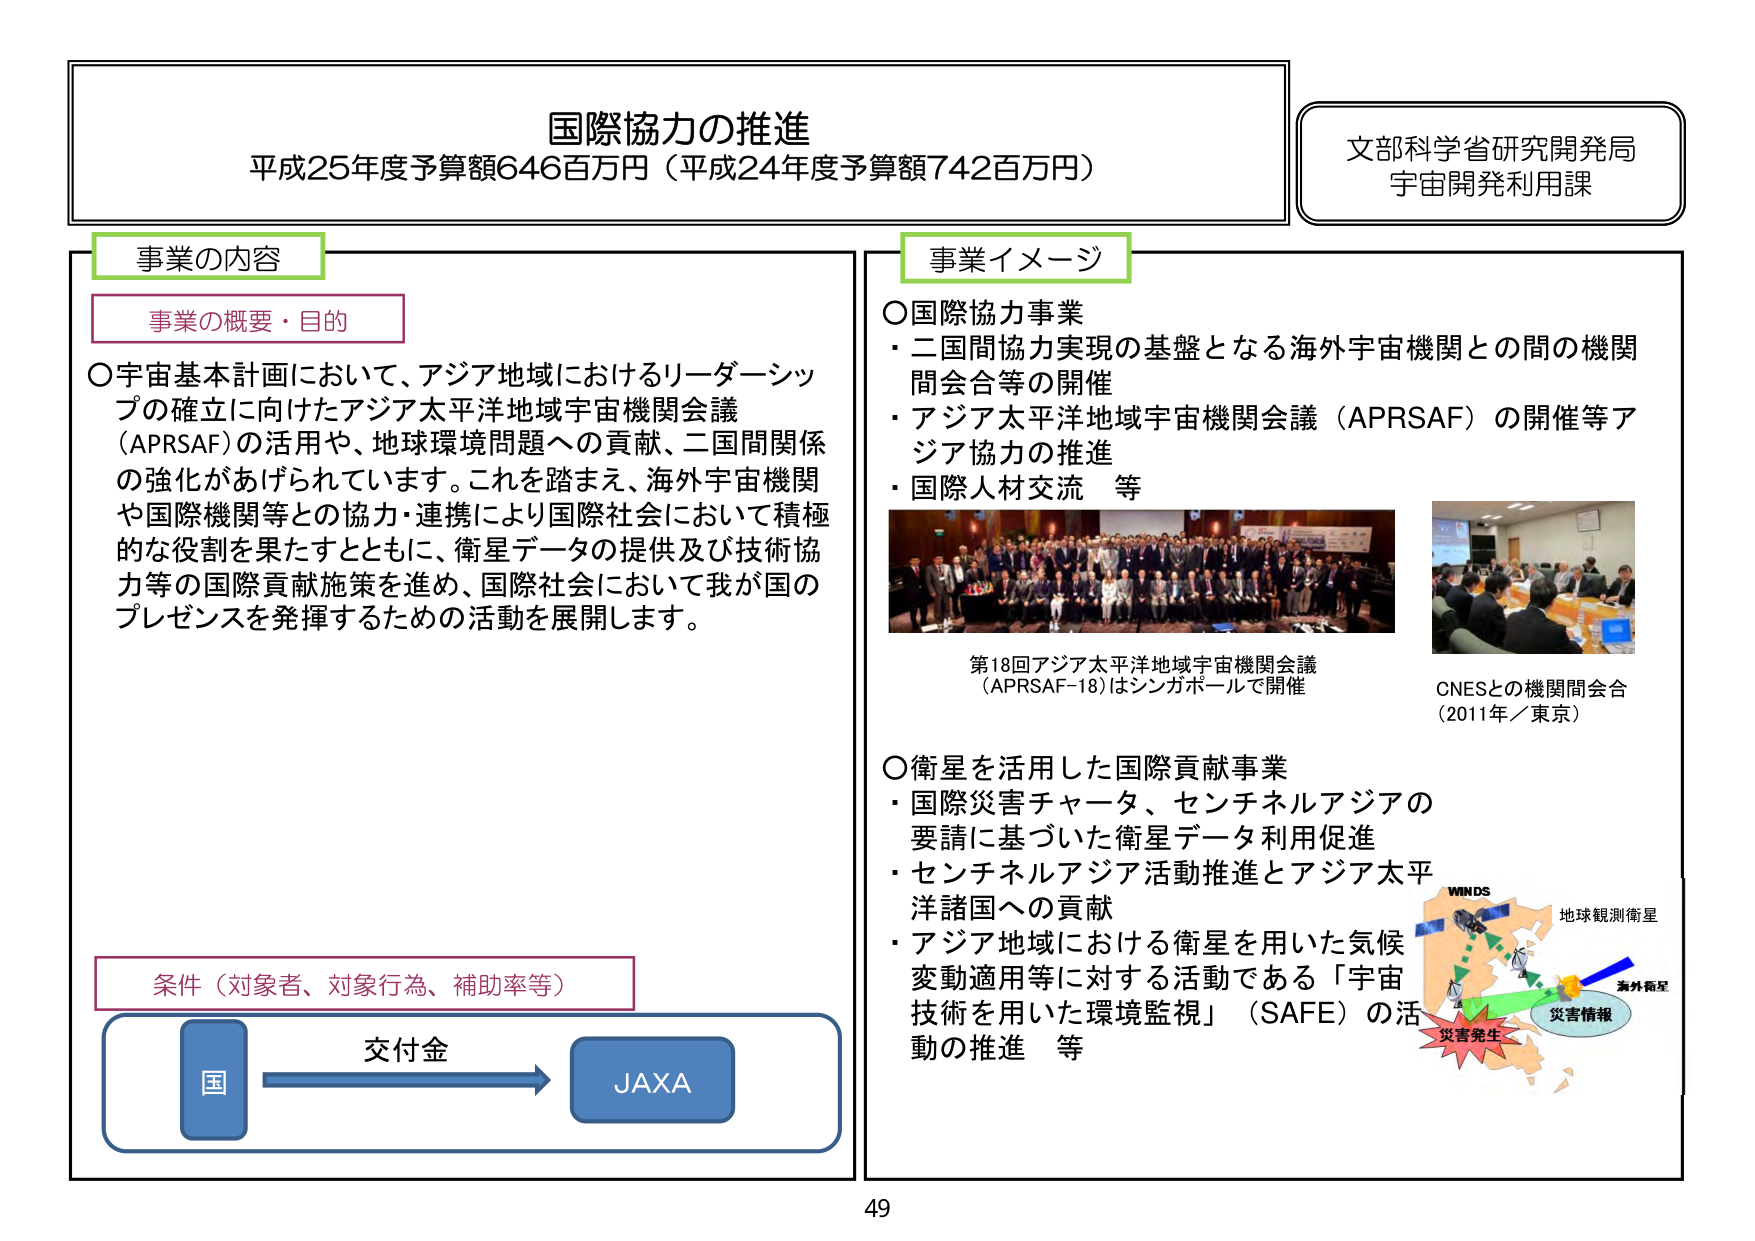
国際協力の推進
平成25年度予算額646百万円（平成24年度予算額742百万円）

文部科学省研究開発局
宇宙開発利用課

事業の内容

事業の概要・目的
○宇宙基本計画において、アジア地域におけるリーダーシップの確立に向けたアジア太平洋地域宇宙機関会議（APRSAF）の活用や、地球環境問題への貢献、二国間関係の強化があげられています。これを踏まえ、海外宇宙機関や国際機関等との協力・連携により国際社会において積極的な役割を果たすとともに、衛星データの提供及び技術協力等の国際貢献施策を進め、国際社会において我が国のプレゼンスを発揮するための活動を展開します。

条件（対象者、対象行為、補助率等）
国 → 交付金 → JAXA

事業イメージ

○国際協力事業
・二国間協力実現の基盤となる海外宇宙機関との間の機関間会合等の開催
・アジア太平洋地域宇宙機関会議（APRSAF）の開催等アジア協力の推進
・国際人材交流 等

第18回アジア太平洋地域宇宙機関会議（APRSAF-18）はシンガポールで開催
CNESとの機関間会合（2011年／東京）

○衛星を活用した国際貢献事業
・国際災害チャータ、センチネルアジアの要請に基づいた衛星データ利用促進
・センチネルアジア活動推進とアジア太平洋諸国への貢献
・アジア地域における衛星を用いた気候変動適用等に対する活動である「宇宙技術を用いた環境監視」（SAFE）の活動の推進 等

WINDS
地球観測衛星
海外衛星
災害発生
災害情報

49